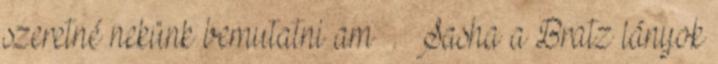
szeretné nekünk bemutatni am . Sasha a Bratz lányok